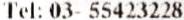
TEL: 03- 55423228